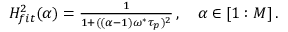
\begin{array} { r } { H _ { f i t } ^ { 2 } ( \alpha ) = \frac { 1 } { 1 + ( ( \alpha - 1 ) \omega ^ { * } \tau _ { p } ) ^ { 2 } } \, , \quad \alpha \in [ 1 : M ] \, . } \end{array}